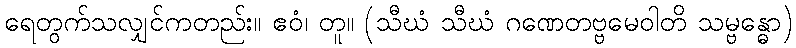
ရေတွက်သလျှင်ကတည်း။ ဧဝံ၊ တူ။ (သီဃံ သီဃံ ဂဏေတဗ္ဗမေဝါတိ သမ္ဗန္ဓော)